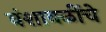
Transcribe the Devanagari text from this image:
वंशावळींचे